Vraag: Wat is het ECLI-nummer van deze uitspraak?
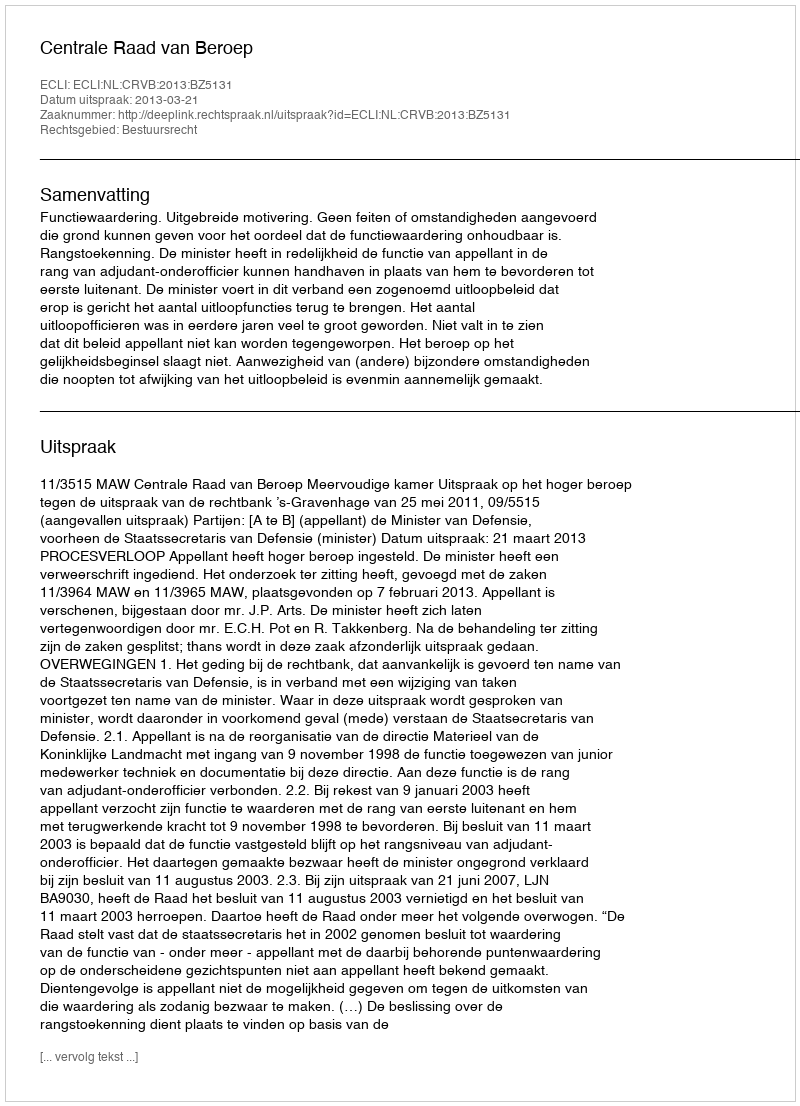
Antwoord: ECLI:NL:CRVB:2013:BZ5131